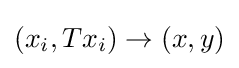
(x_{i},Tx_{i})\to (x,y)